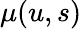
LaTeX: \textstyle\mu(u,s)